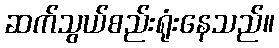
ဆက်သွယ်စည်းရုံးနေသည်။